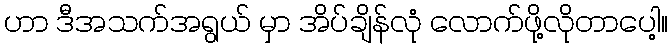
ဟာ ဒီအသက်အရွယ် မှာ အိပ်ချိန်လုံ လောက်ဖို့လိုတာပေါ့။